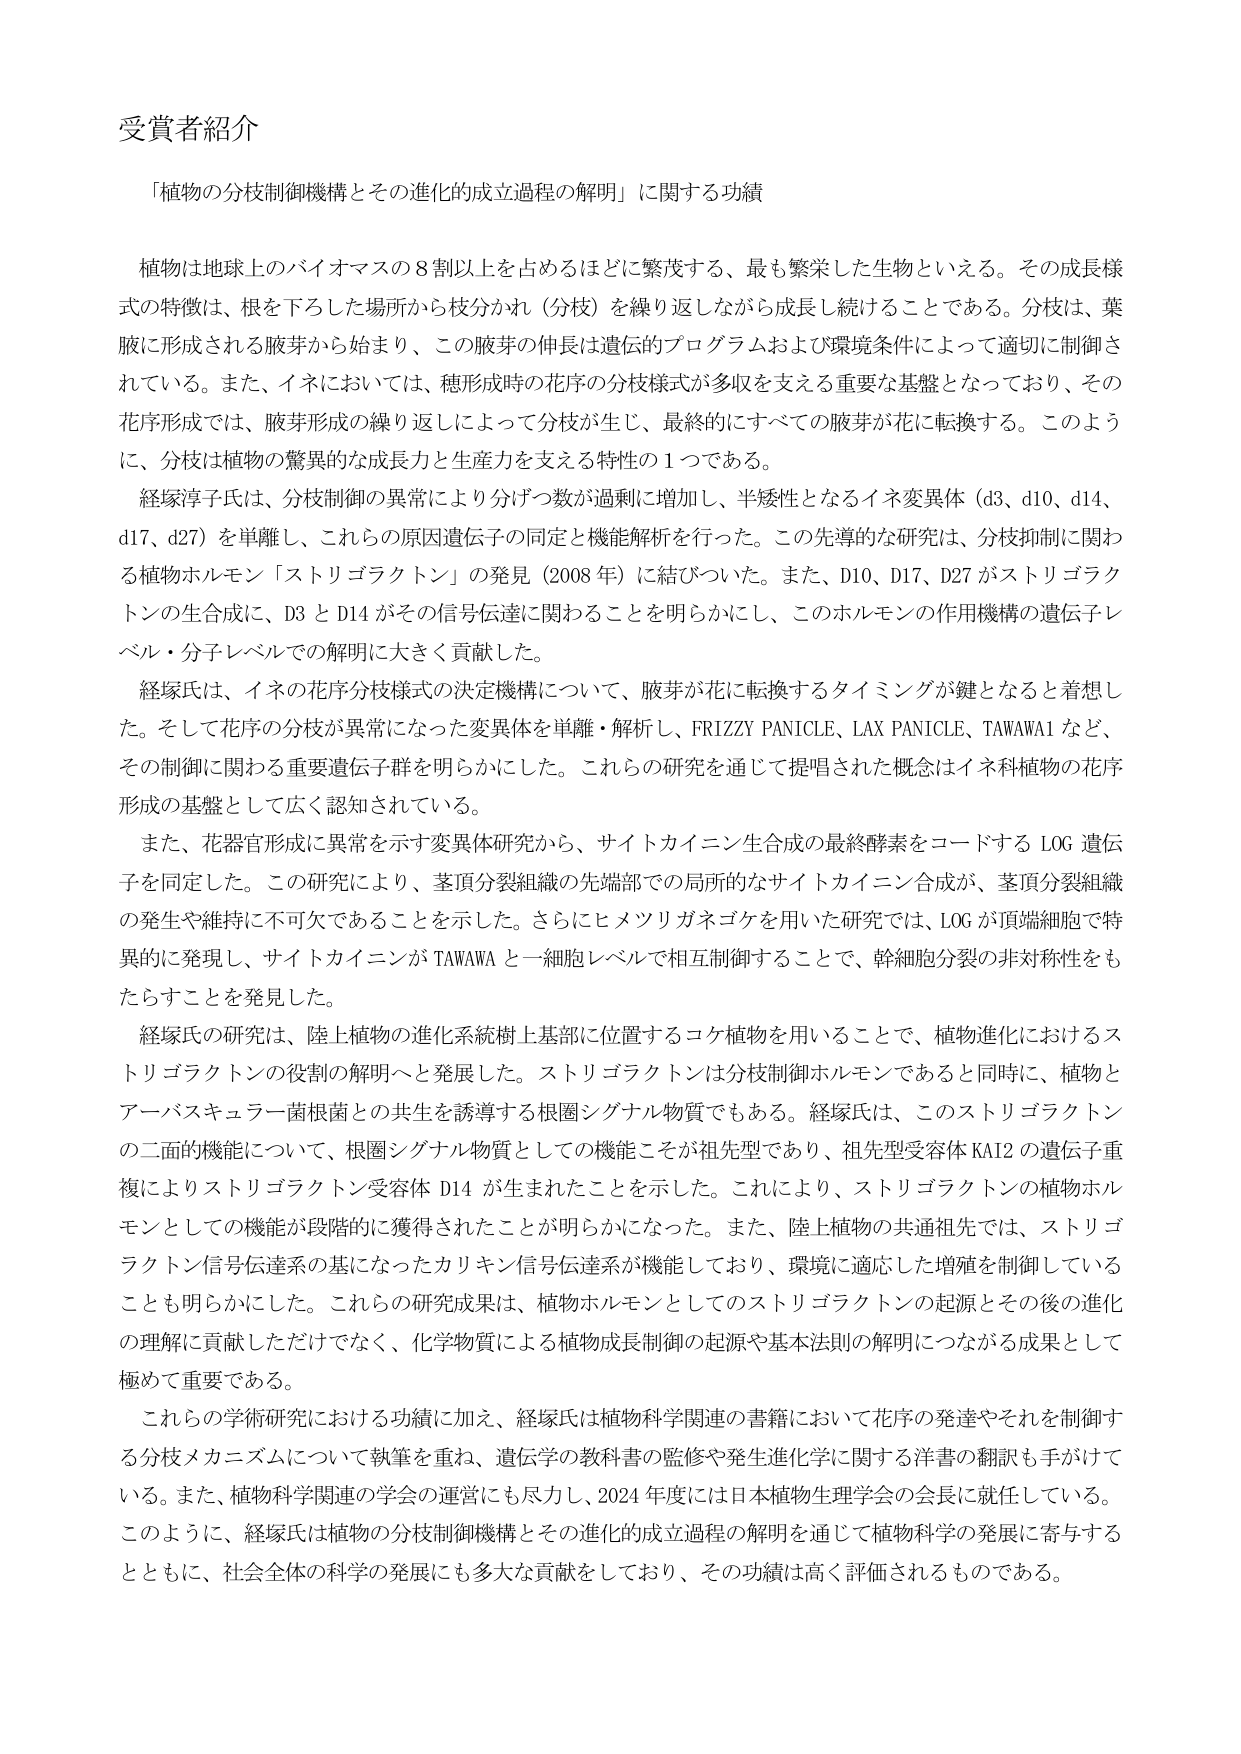
受賞者紹介

「植物の分枝制御機構とその進化的成立過程の解明」に関する功績

植物は地球上のバイオマスの８割以上を占めるほどに繁茂する、最も繁栄した生物といえる。その成長様式の特徴は、根を下ろした場所から枝分かれ（分枝）を繰り返しながら成長し続けることである。分枝は、葉腋に形成される腋芽から始まり、この腋芽の伸長は遺伝的プログラムおよび環境条件によって適切に制御されている。また、イネにおいては、穂形成時の花序の分枝様式が多収を支える重要な基盤となっており、その花序形成では、腋芽形成の繰り返しによって分枝が生じ、最終的にすべての腋芽が花に転換する。このように、分枝は植物の驚異的な成長力と生産力を支える特性の１つである。

経塚淳子氏は、分枝制御の異常により分げつ数が過剰に増加し、半矮性となるイネ変異体（d3、d10、d14、d17、d27）を単離し、これらの原因遺伝子の同定と機能解析を行った。この先導的な研究は、分枝抑制に関わる植物ホルモン「ストリゴラクトン」の発見（2008年）に結びついた。また、D10、D17、D27 がストリゴラクトンの合成に、D3 と D14 がその信号伝達に関わることを明らかにし、このホルモンの作用機構の遺伝子レベル・分子レベルでの解明に大きく貢献した。

経塚氏は、イネの花序分枝様式の決定機構について、腋芽が花に転換するタイミングが鍵となると着想した。そして花序の分枝が異常になった変異体を単離・解析し、FRIZZY PANICLE、LAX PANICLE、TAWAWA1 など、その制御に関わる重要遺伝子群を明らかにした。これらの研究を通じて提唱された概念はイネ科植物の花序形成の基盤として広く認知されている。

また、花器官形成に異常を示す変異体研究から、サイトカイニン生合成の最終酵素をコードする LOG 遺伝子を同定した。この研究により、茎頂分裂組織の先端部での局所的なサイトカイニン合成が、茎頂分裂組織の発生や維持に不可欠であることを示した。さらにヒメツリガネゴケを用いた研究では、LOG が頂端細胞で特異的に発現し、サイトカイニンが TAWAWA と一細胞レベルで相互制御することで、幹細胞分裂の非対称性をもたらすことを発見した。

経塚氏の研究は、陸上植物の進化系統樹上基部に位置するコケ植物を用いることで、植物進化におけるストリゴラクトンの役割の解明へと発展した。ストリゴラクトンは分枝制御ホルモンであると同時に、植物とアーバスキュラー菌根菌との共生を誘導する根圏シグナル物質でもある。経塚氏は、このストリゴラクトンの二面的機能について、根圏シグナル物質としての機能こそが祖先型であり、祖先型受容体 KAI2 の遺伝子重複によりストリゴラクトン受容体 D14 が生まれたことを示した。これにより、ストリゴラクトンの植物ホルモンとしての機能が段階的に獲得されたことが明らかになった。また、陸上植物の共通祖先では、ストリゴラクトン信号伝達系の基になったカリキン信号伝達系が機能しており、環境に適応した増殖を制御していることも明らかにした。これらの研究成果は、植物ホルモンとしてのストリゴラクトンの起源とその後の進化の理解に貢献しただけでなく、化学物質による植物成長制御の起源や基本法則の解明につながる成果として極めて重要である。

これらの学術研究における功績に加え、経塚氏は植物科学関連の書籍において花序の発達やそれを制御する分枝メカニズムについて執筆を重ね、遺伝学の教科書の監修や発生進化学に関する洋書の翻訳も手がけている。また、植物科学関連の学会の運営にも尽力し、2024年度には日本植物生理学会の会長に就任している。このように、経塚氏は植物の分枝制御機構とその進化的成立過程の解明を通じて植物科学の発展に寄与するとともに、社会全体の科学の発展にも多大な貢献をしており、その功績は高く評価されるものである。